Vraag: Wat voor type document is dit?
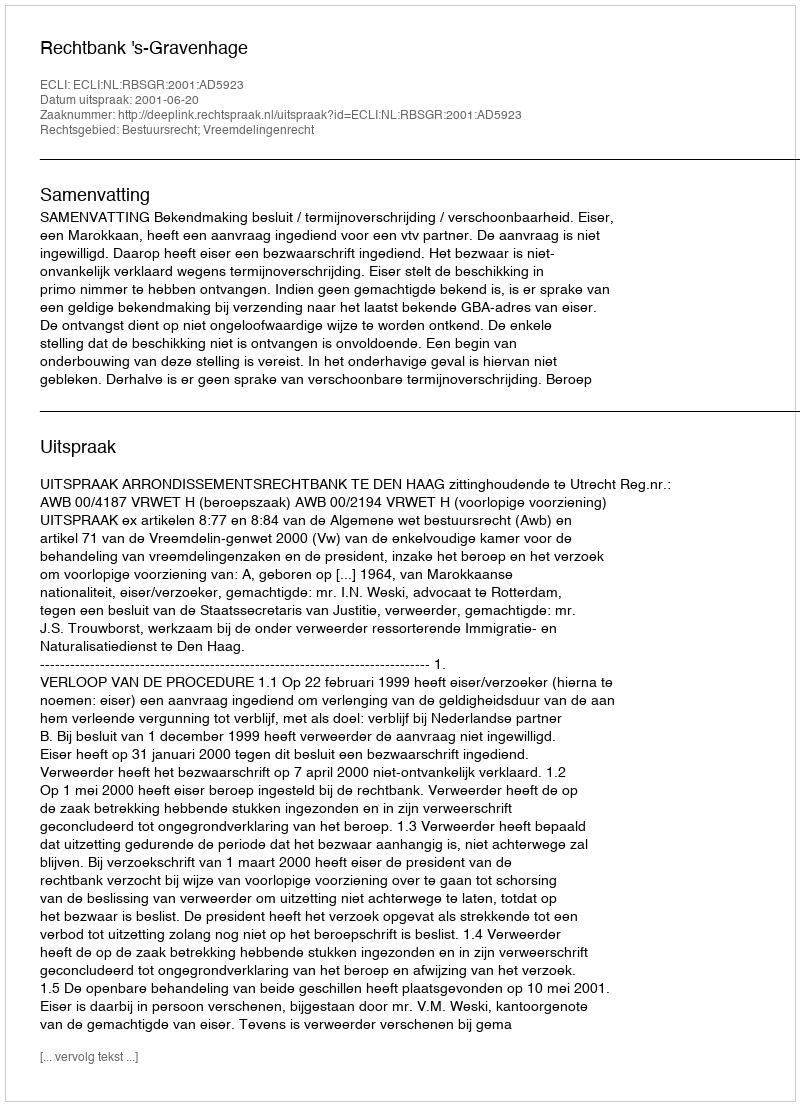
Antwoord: Uitspraak